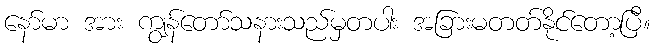
နော်မာ အား ကျွန်တော်သနားသည်မှတပါး အခြားမတတ်နိုင်တော့ပြီ။